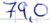
Text: 79,0